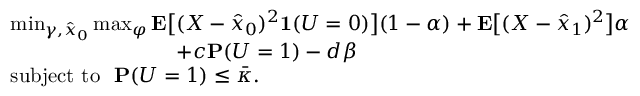
\begin{array} { r l } & { \operatorname* { m i n } _ { \gamma , \hat { x } _ { 0 } } \operatorname* { m a x } _ { \varphi } \mathbf { E } \big [ ( X - \hat { x } _ { 0 } ) ^ { 2 } \mathbf { 1 } ( U = 0 ) \big ] ( 1 - \alpha ) + \mathbf { E } \big [ ( X - \hat { x } _ { 1 } ) ^ { 2 } \big ] \alpha } \\ & { \qquad \qquad \qquad \qquad + c \mathbf { P } ( U = 1 ) - d \beta } \\ & { \mathrm { s u b j e c t ~ t o ~ ~ } \mathbf { P } ( U = 1 ) \le \bar { \kappa } . } \end{array}